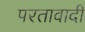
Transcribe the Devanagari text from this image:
परतावादी